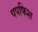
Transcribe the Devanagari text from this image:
पपफिश